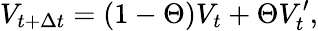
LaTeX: V_{t+\Delta{t}}=(1-\Theta)V_{t}+\Theta V_{t}^{\prime},